65_HS1-834228961_62-HQ-83894_Section_5
Agency: FBI
Page 102
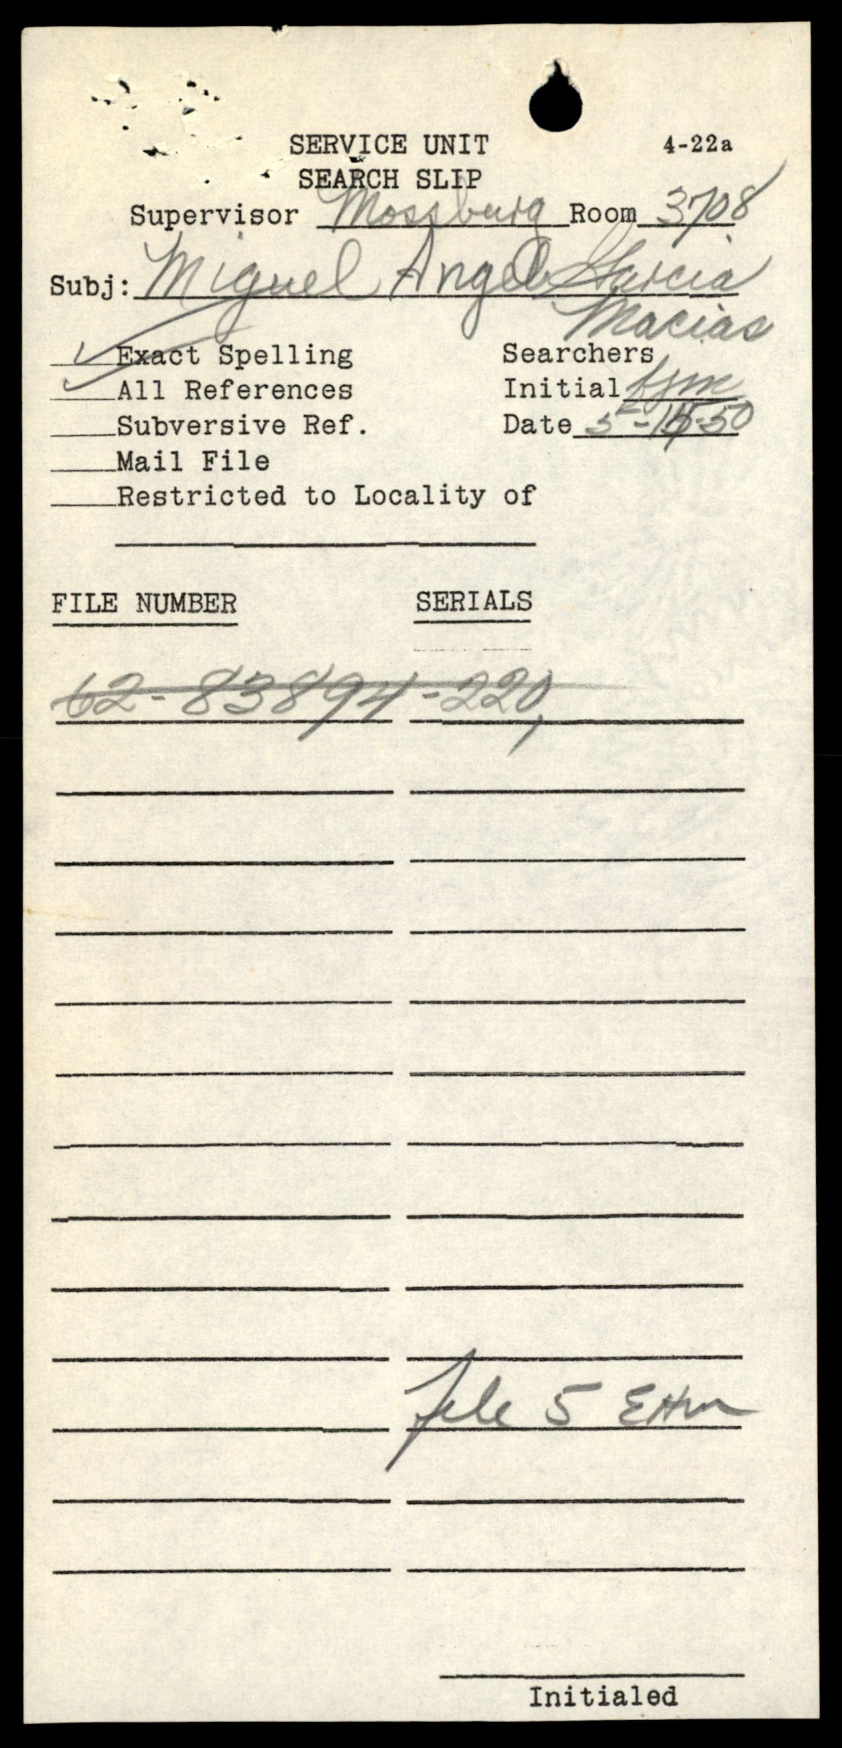